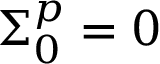
\Sigma _ { 0 } ^ { \boldsymbol { p } } = 0